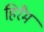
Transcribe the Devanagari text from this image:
हिरैम